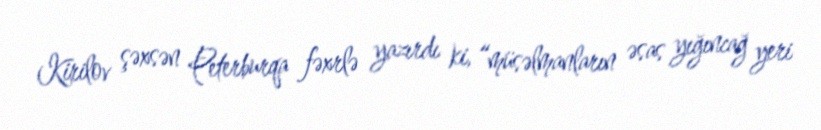
Kirilov şəxsən Peterburqa fəxrlə yazırdı ki, “müsəlmanların əsas yığıncağ yeri